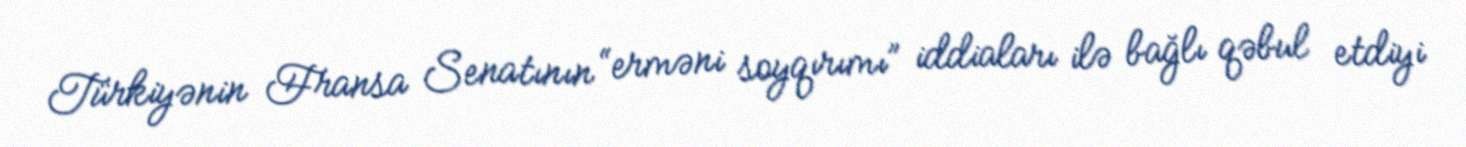
Türkiyənin Fransa Senatının “erməni soyqırımı” iddiaları ilə bağlı qəbul etdiyi